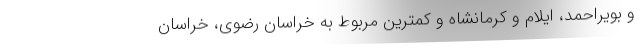
و بویراحمد، ایلام و کرمانشاه و کمترین مربوط به خراسان رضوی، خراسان